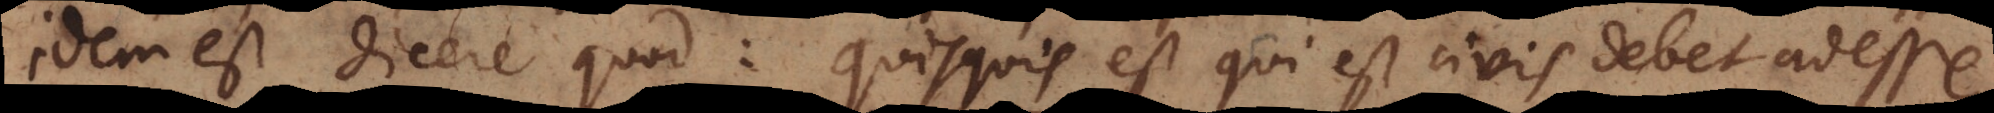
idem est dicere quod: quisquis est qui est civis debet adesse